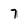
Character: 7